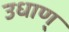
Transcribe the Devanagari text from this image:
उधाण्